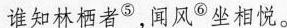
谁知林栖者^{⑤}，闻风^{⑥}坐相悦。